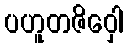
ပဟူတဇိဝှေါ